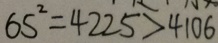
6 5 ^ { 2 } = 4 2 2 5 > 4 1 0 6